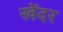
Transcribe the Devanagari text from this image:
खेंदर